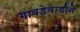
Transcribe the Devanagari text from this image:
गावडेवाडीने